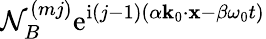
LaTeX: \mathcal{N}_{B}^{(mj)}\mathrm{e}^{\mathrm{i}(j-1)(\alpha\mathbf{k}_{0}\cdot\mathbf{x}-\beta\omega_{0}t)}